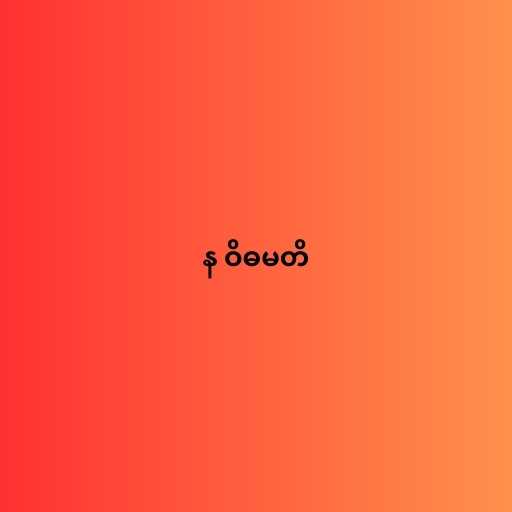
န ဝိဓမတိ